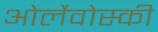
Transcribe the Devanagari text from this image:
ओर्लेवोस्की